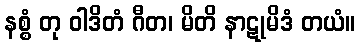
နစ္စံ တု ဝါဒိတံ ဂီတ၊ မိတိ နာဋုမိဒံ တယံ။